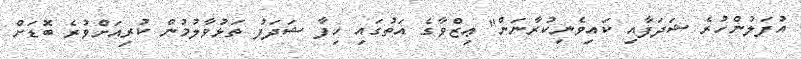
އުފަލުންހުރެ ޝަދަފާއި ކައިވެނިކުރާނަން" ޢިޒްވާގެ އަތުގައި ހިފާ ޝަދަފު ތަޅުވާލުމުން ކުރިއަށްވުރެ ބޮޑަށް